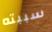
سببته